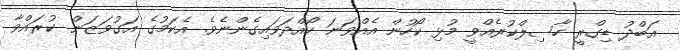
އަބްދު ޑިގްރީ ހާސިލްކުރެއްވީ މުޅި ކޯހުން އެއްވަނަ ހޯއްދަވައިގެންނެވެ. އެކަމުގެ އަގުވަޒަަން ކުރައްވާ